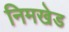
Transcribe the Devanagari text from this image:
निमखेड